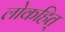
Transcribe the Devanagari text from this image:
लोकहित्